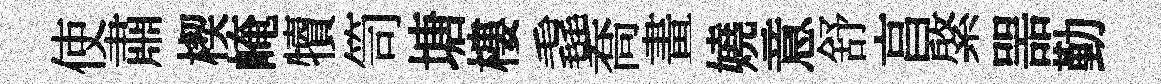
使肅楔崦犢笥塘樓毳喬畫嬈意舒亯綮噐勤